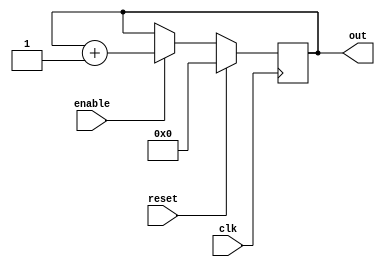
`timescale 1ns / 1ps
//////////////////////////////////////////////////////////////////////////////////
// Company: 
// Engineer: 
// 
// Design Name: 
// Module Name:    counter 
// Project Name: 
// Target Devices: 
// Tool versions: 
// Description: 
//
// Dependencies: 
//
// Revision: 
// Revision 0.01 - File Created
// Additional Comments: 
//
//////////////////////////////////////////////////////////////////////////////////
module counter(
out     ,  // Output of the counter
enable  ,  // enable for counter
clk     ,  // clock Input
reset      // reset Input
);
//----------Output Ports--------------
    output [7:0] out;
//------------Input Ports--------------
     input enable, clk, reset;
//------------Internal Variables--------
    reg [7:0] out;
//-------------Code Starts Here-------
always @(posedge clk)
if (reset) begin
  out <= 7'b0 ;
end else if (enable) begin
  out <= out + 1;
end


endmodule